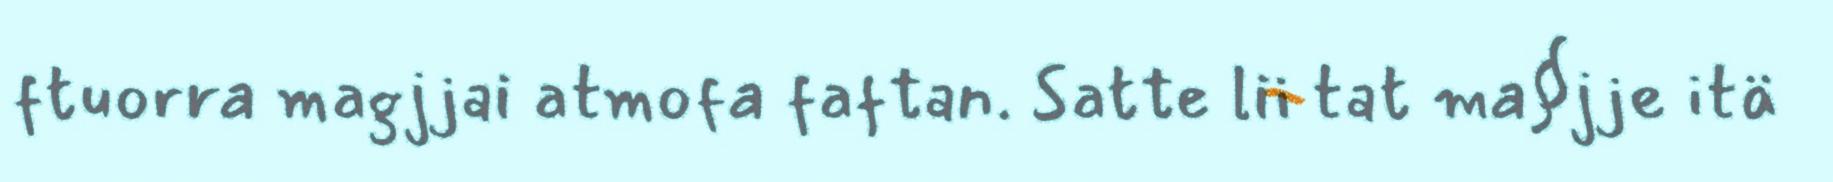
ftuorra magjjai atmofa faftan. Satte lii tat ma§jje itä